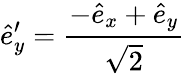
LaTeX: \hat{e}_{y}^{\prime}=\frac{-\hat{e}_{x}+\hat{e}_{y}}{\sqrt{2}}